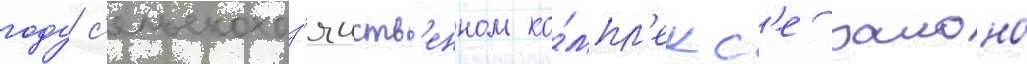
году с'ельскохоз'яиств'енном ко́мпл'екс'е раиона